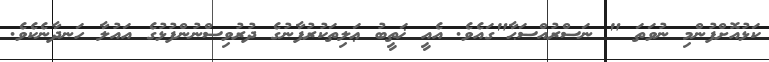
ކަޅުއޮށްފުންމި ނުވަތަ " ނަސްރުއްސަޙާ"ގައެވެ. އެއީ ޚަތީބު ޢަލިތަކުރުފާނުގެ ދުރުވިސްނުންފުޅުގެ އައުލާ ހަނދާނެކެވެ.